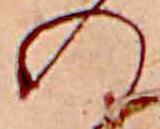
の